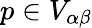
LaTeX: p\in V_{\alpha\beta}